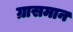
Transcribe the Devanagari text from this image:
ग्रासमान